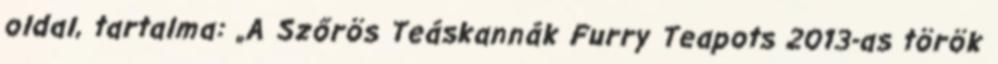
oldal, tartalma: „A Szőrös Teáskannák Furry Teapots 2013-as török